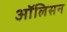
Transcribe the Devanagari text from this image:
ऑलिसन